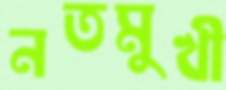
নতমুখী